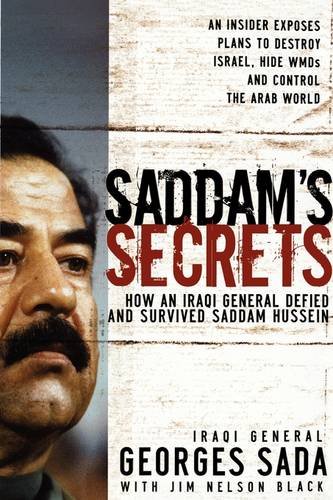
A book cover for Saddam's Secrets; Georges Hormuz Sada; History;